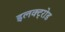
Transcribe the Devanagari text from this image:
इलक्ट्रोड